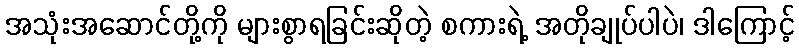
အသုံးအဆောင်တို့ကို များစွာရခြင်းဆိုတဲ့ စကားရဲ့ အတိုချုပ်ပါပဲ၊ ဒါကြောင့်